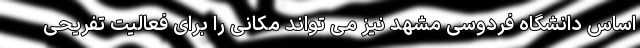
اساس دانشگاه فردوسی مشهد نیز می تواند مکانی را برای فعالیت تفریحی